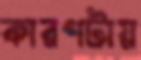
কারণটায়